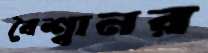
বৈশ্বানর